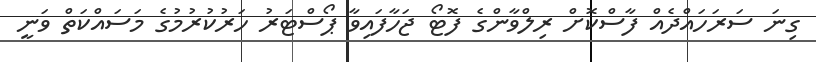
ގިނަ ސަރަހައްދެއް ފާސްކޮށް ރިލްވާންގެ ފޮޓޯ ޖަހާފައިވާ ޕޯސްޓަރު ހަރުކުރުމުގެ މަސައްކަތް ވަނީ